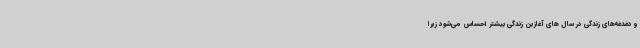
و دغدغه‌های زندگی در سال های آغازین زندگی بیشتر احساس می‌شود زیرا